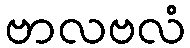
ဗာလဗလံ